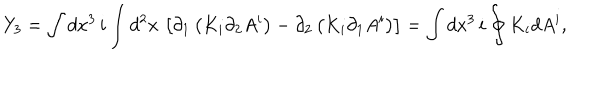
Y _ { 3 } = \int d x ^ { 3 } \, i \int d ^ { 2 } x \, \left[ \partial _ { 1 } \left( K _ { i } \partial _ { 2 } A ^ { i } \right) - \partial _ { 2 } \left( K _ { i } \partial _ { 1 } A ^ { i } \right) \right] = \int d x ^ { 3 } \, i \oint K _ { i } d A ^ { i } ,